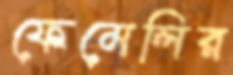
ফেমেলির